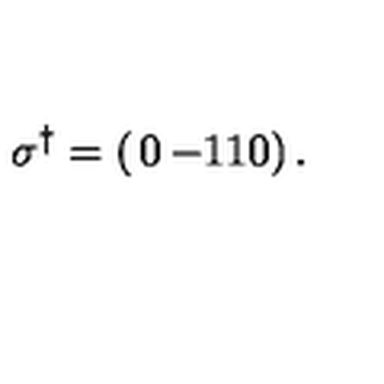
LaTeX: \sigma ^ { \dagger } = \left( \begin{matrix} { 0 } & { - 1 } \\ { 1 } & { 0 } \\ \end{matrix} \right) .